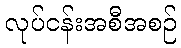
လုပ်ငန်းအစီအစဉ်